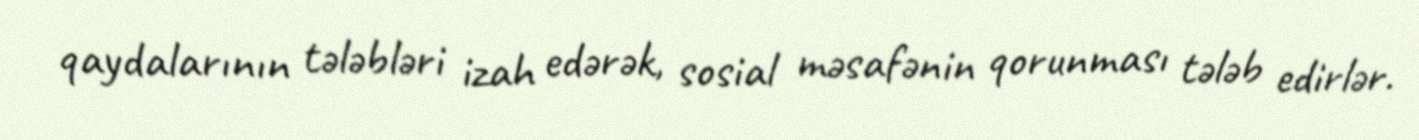
qaydalarının tələbləri izah edərək, sosial məsafənin qorunması tələb edirlər.